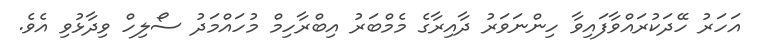
އަހަރު ހޭދަކުރައްވާފައިވާ ހިންނަވަރު ދާއިރާގެ މެމްބަރު އިބްރާހިމް މުހައްމަދު ސޯލިހް ވިދާޅުވި އެވެ.